Report on sanitation, dispensaries, and jails in Rajputana for 1921, and on vaccination for the year 1921-1922 - 1921-1922
Year: 1921
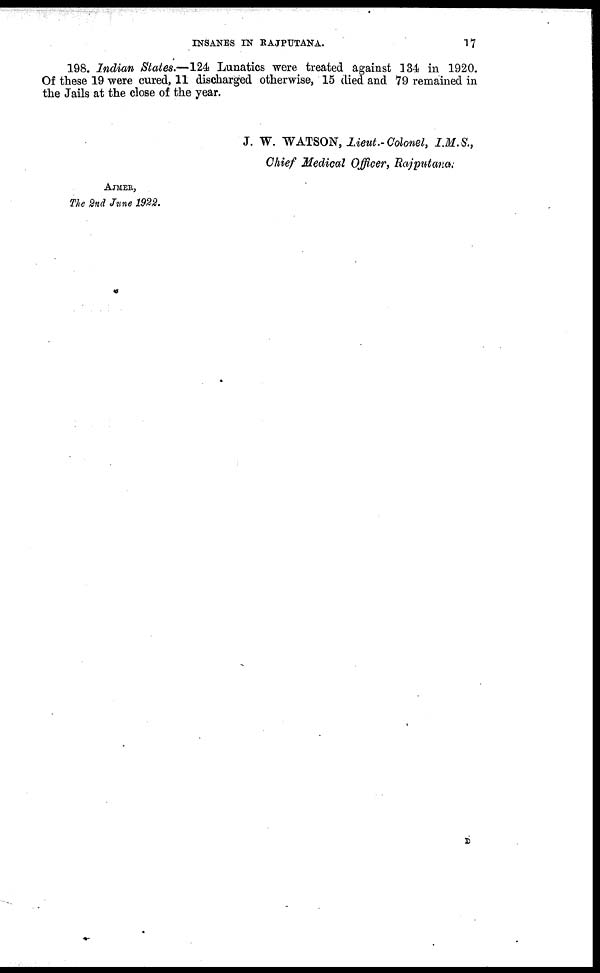
INSANES IN RAJPUTANA.
17
198. Indian States.—124 Lunatics were treated against 134 in 1920.
Of these 19 were cured, 11 discharged otherwise, 15 died and 79 remained in
the Jails at the close of the year.
J. W. WATSON,Lieut.-Colonel, I.M.S.,
Chief Medical Officer, Rajputana.
AJMER,
The 2nd June 1922.
D